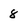
Character: 8